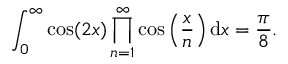
\int _ { 0 } ^ { \infty } \cos ( 2 x ) \prod _ { n = 1 } ^ { \infty } \cos \left( { \frac { x } { n } } \right) \mathrm { d } x = { \frac { \pi } { 8 } } .